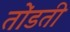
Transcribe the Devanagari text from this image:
तोंडती